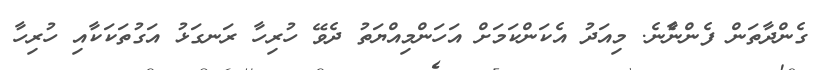
ގެންދާތަން ފެންނެާނެ. މިއަދު އެކަންކަމަށް އަހަންމިއްޔަތު ދެވޭ ހުރިހާ ރަނގަޅު އަގުތަކަކާއި ހުރިހާ